Papers set at the Examination for Leaving Certificates, 1894
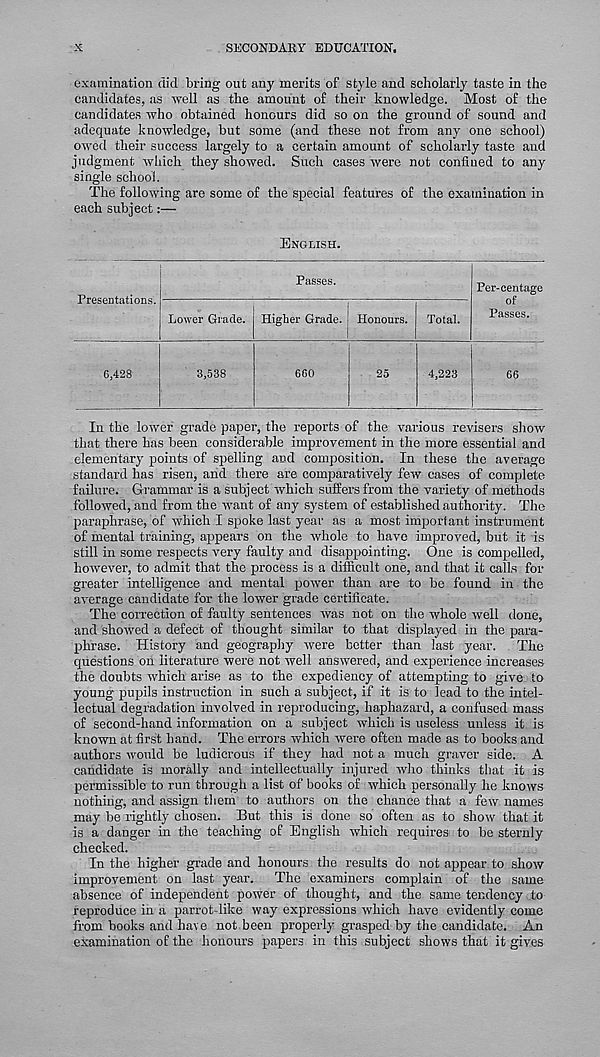
X
SECONDARY EDUCATION.
examination did bring out any merits of style and scholarly taste in the
candidates, as well as the amount of their knowledge. Most of the
candidates who obtained honours did so on the ground of sound and
adequate knowledge, but some (and these not from any one school)
owed their success largely to a certain amount of scholarly taste and
judgment which they showed. Such cases were not confined to any
single school.
The following are some of the special features of the examination in
each subject:—
ENGLISH.
Presentations.
Passes.
Lower Grade. Higher Grade. ' Honours.
Total.
Per-centage
of
Passes.
6,428
3,538
660
25
4,223
66
In the lower grade paper, the reports of the various revisers show
that there has been considerable improvement in the more essential and
elementary points of spelling and composition. In these the average
standard has risen, and there are comparatively few cases of complete
failure. Grammar is a subjectWhich suffers from the variety of methods
followed, and from the want of any system of established authority. The
paraxihrase, of which I spoke last year as a most important instrument
of mental training, appears on the whole to have improved, but it is
still in some respects very faulty and disappointing. One is compelled,
however, to admit that the process is a difficult one, and that it calls for
greater intelligence and mental power than are to be found in the
average candidate for the lower grade certificate.
The correction of faulty sentences was not on the whole well done,
and showed a defect of thought similar to that displayed in the para-
phrase. History and geography were better than last year. The
questions on literature were not well answered, and experience increases
the doubts which arise as to the expediency of attempting to give to
young pupils instruction in such a subject, if it is to lead to the intel-
lectual degradation involved in reproducing, haphazard, a confused mass
of second-hand information on a subject which is useless unless it is
known at first hand. The errors which were often made as to books and
authors would be ludicrous if they had not a much graver side. A
candidate is morally and intellectually injured who thinks that it is
permissible to run through a list of books of which personally he knows
nothing, and assign them to authors on the chance that a few names
may be rightly chosen. But this is done so often as to show that it
is a danger in the teaching of English which requires' to be sternly
checked.
In the higher grade and honours the results do not appear to show
improvement on last year. The examiners complain of the same
absence of independent power of thought, and the same tendency to
reproduce in a parrot-like way expressions which have evidently come
from books and have not been properly grasped by the candidate. An
examination of the honours papers in this subject shows that it gives